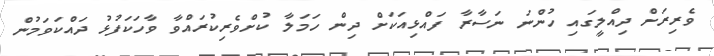
ވެރިރަށް ދިއްލީގައި ހުންނަ ނަސާރާ ފައްޅިއަކަށް ދިން ހަމަލާ ކުށްވެރިކުރައްވާ ވާހަކަފުޅު ދައްކަވަމުން